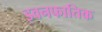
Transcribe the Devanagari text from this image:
इवनफातिक